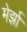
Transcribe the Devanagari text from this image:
मेर्झा